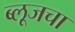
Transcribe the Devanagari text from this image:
ब्लूजचा